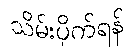
သိမ်းပိုက်ရန်